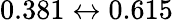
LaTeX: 0.381\leftrightarrow 0.615